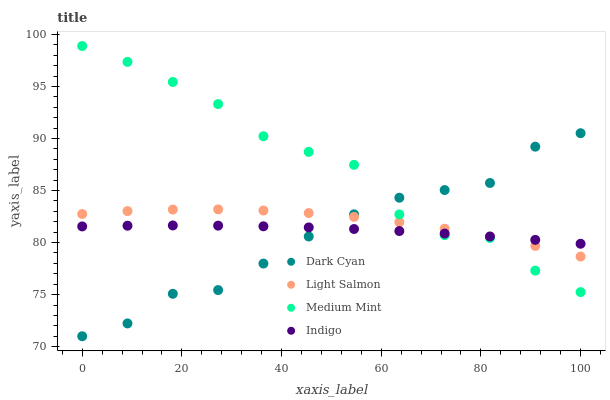
| xaxis_label | Dark Cyan | Light Salmon | Medium Mint | Indigo |
 | --- | --- | --- | --- | --- |
 | 0 | 71 | 82.7 | 98.9 | 81.6 |
 | 9.09 | 72.2 | 83 | 97.4 | 81.6 |
 | 18.2 | 75.1 | 83.2 | 95.4 | 81.6 |
 | 27.3 | 75.4 | 83.2 | 93.3 | 81.6 |
 | 36.4 | 78 | 83.1 | 90.2 | 81.6 |
 | 45.5 | 80.6 | 82.8 | 88.7 | 81.5 |
 | 54.5 | 82.7 | 82.5 | 87.5 | 81.3 |
 | 63.6 | 84.3 | 82 | 82.7 | 81.1 |
 | 72.7 | 85 | 81.3 | 80.7 | 80.9 |
 | 81.8 | 85.7 | 80.6 | 80.4 | 80.6 |
 | 90.9 | 89.2 | 79.7 | 77.3 | 80.3 |
 | 100 | 90.5 | 78.7 | 75.2 | 79.9 |